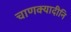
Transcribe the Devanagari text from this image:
चाणक्यादीनि